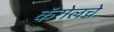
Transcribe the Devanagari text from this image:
कॅरोलचे